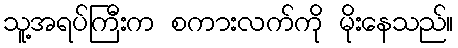
သူ့အရပ်ကြီးက စကားလက်ကို မိုးနေသည်။